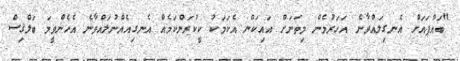
"ބައްޕައަށް އެނގިލައްވާނެ އަހަރުމެން މިތަނަށް އައިކަން އެކަމަކު ކީކުރަންކަމެއް އެނގިއެއްނުލައްވާނެ އެހެންވީމަ ބަލްޤިސް